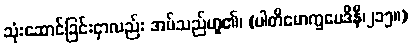
သုံးဆောင်ခြင်းငှာလည်း အပ်သည်ဟူ၏၊ (ပါတိမောက္ခမေဒိနီ၊၂၁၅။)